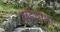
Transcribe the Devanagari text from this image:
गूदेवाला